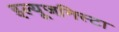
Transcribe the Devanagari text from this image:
इल्‍यूजनिस्‍टा